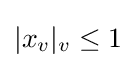
|x_{v}|_{v}\leq 1